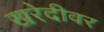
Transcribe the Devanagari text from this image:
खरेदीवर